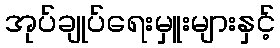
အုပ်ချုပ်ရေးမှူးများနှင့်